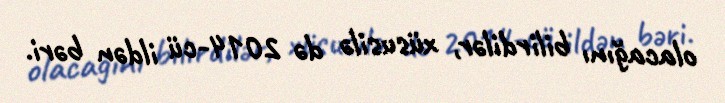
olacağını bilirdilər, xüsusilə də 2014-cü ildən bəri.